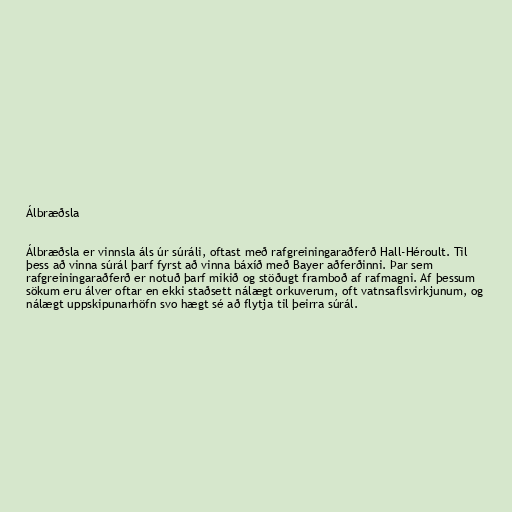
Álbræðsla

Álbræðsla er vinnsla áls úr súráli, oftast með rafgreiningaraðferð Hall-Héroult. Til
þess að vinna súrál þarf fyrst að vinna báxíð með Bayer aðferðinni. Þar sem
rafgreiningaraðferð er notuð þarf mikið og stöðugt framboð af rafmagni. Af þessum
sökum eru álver oftar en ekki staðsett nálægt orkuverum, oft vatnsaflsvirkjunum, og
nálægt uppskipunarhöfn svo hægt sé að flytja til þeirra súrál.